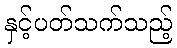
နှင့်ပတ်သက်သည့်